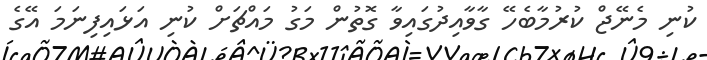
ކުނި މެނޭޖް ކުރުމާބެހޭ ގާވާއިދުގައިވާ ގޮތުން މަގު މައްޗަށް ކުނި އަޅައިފިނަމަ އޭގެ